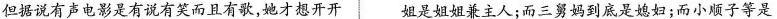
但据说有声电影是有说有笑而且有歌，她才想开开 姐是姐姐兼主人；而三舅妈到底是媳妇；而小顺子等